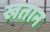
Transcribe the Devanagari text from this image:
खतान